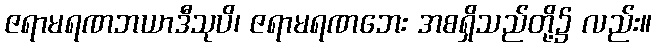
ဇရာမရဏဘယာဒီသုပိ၊ ဇရာမရဏဘေး အစရှိသည်တို့၌ လည်း။